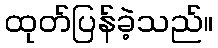
ထုတ်ပြန်ခဲ့သည်။